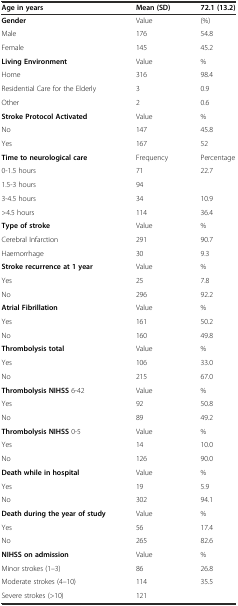
<table><thead><tr><td><b>Age in years</b></td><td><b>Mean (SD)</b></td><td><b>72.1 (13.2)</b></td></tr></thead><tbody><tr><td><b>Gender</b></td><td>Value</td><td>(%)</td></tr><tr><td>Male</td><td>176</td><td>54.8</td></tr><tr><td>Female</td><td>145</td><td>45.2</td></tr><tr><td><b>Living Environment</b></td><td>Value</td><td>%</td></tr><tr><td>Home</td><td>316</td><td>98.4</td></tr><tr><td>Residential Care for the Elderly</td><td>3</td><td>0.9</td></tr><tr><td>Other</td><td>2</td><td>0.6</td></tr><tr><td><b>Stroke Protocol Activated</b></td><td>Value</td><td>%</td></tr><tr><td>No</td><td>147</td><td>45.8</td></tr><tr><td>Yes</td><td>167</td><td>52</td></tr><tr><td><b>Time to neurological care</b></td><td>Frequency</td><td>Percentage</td></tr><tr><td>0-1.5 hours</td><td>71</td><td>22.7</td></tr><tr><td>1.5-3 hours</td><td>94</td><td>[EMPTY_CELL]</td></tr><tr><td>3-4.5 hours</td><td>34</td><td>10.9</td></tr><tr><td>&gt;4.5 hours</td><td>114</td><td>36.4</td></tr><tr><td><b>Type of stroke</b></td><td>Value</td><td>%</td></tr><tr><td>Cerebral Infarction</td><td>291</td><td>90.7</td></tr><tr><td>Haemorrhage</td><td>30</td><td>9.3</td></tr><tr><td><b>Stroke recurrence at 1 year</b></td><td>Value</td><td>%</td></tr><tr><td>Yes</td><td>25</td><td>7.8</td></tr><tr><td>No</td><td>296</td><td>92.2</td></tr><tr><td><b>Atrial Fibrillation</b></td><td>Value</td><td>%</td></tr><tr><td>Yes</td><td>161</td><td>50.2</td></tr><tr><td>No</td><td>160</td><td>49.8</td></tr><tr><td><b>Thrombolysis total</b></td><td>Value</td><td>%</td></tr><tr><td>Yes</td><td>106</td><td>33.0</td></tr><tr><td>No</td><td>215</td><td>67.0</td></tr><tr><td><b>Thrombolysis NIHSS</b> 6-42</td><td>Value</td><td>%</td></tr><tr><td>Yes</td><td>92</td><td>50.8</td></tr><tr><td>No</td><td>89</td><td>49.2</td></tr><tr><td><b>Thrombolysis NIHSS</b> 0-5</td><td>Value</td><td>%</td></tr><tr><td>Yes</td><td>14</td><td>10.0</td></tr><tr><td>No</td><td>126</td><td>90.0</td></tr><tr><td><b>Death while in hospital</b></td><td>Value</td><td>%</td></tr><tr><td>Yes</td><td>19</td><td>5.9</td></tr><tr><td>No</td><td>302</td><td>94.1</td></tr><tr><td><b>Death during the year of study</b></td><td>Value</td><td>%</td></tr><tr><td>Yes</td><td>56</td><td>17.4</td></tr><tr><td>No</td><td>265</td><td>82.6</td></tr><tr><td><b>NIHSS on admission</b></td><td>Value</td><td>%</td></tr><tr><td>Minor strokes (1–3)</td><td>86</td><td>26.8</td></tr><tr><td>Moderate strokes (4–10)</td><td>114</td><td>35.5</td></tr><tr><td>Severe strokes (&gt;10)</td><td>121</td><td>[EMPTY_CELL]</td></tr></tbody></table>